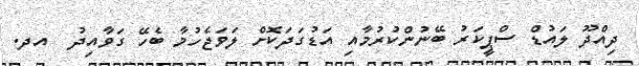
ދިއްދޫ ލައުޑް ސްޕީކަރު ބޭނުންކުރުމާއި އަޑުގަދަކޮށް ލަވަޖެހުމާ ބެހޭ ގަވާއިދު  އދ.